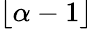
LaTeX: \lfloor\alpha-1\rfloor